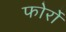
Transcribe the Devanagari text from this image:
फोर्रो